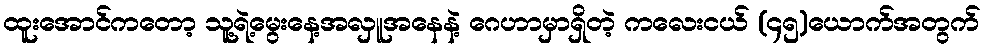
ထူးအောင်ကတော့ သူ့ရဲ့မွေးနေ့အလှူအနေနဲ့ ဂေဟာမှာရှိတဲ့ ကလေးငယ် (၄၅)ယောက်အတွက်